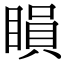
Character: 䁚